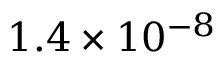
1 . 4 \times 1 0 ^ { - 8 }